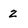
Character: z